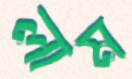
লাম